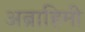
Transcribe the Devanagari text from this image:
अब्राहिमी